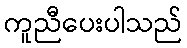
ကူညီပေးပါသည်